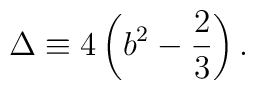
\Delta \equiv 4\left(b^2-\frac{2}{3} \right).